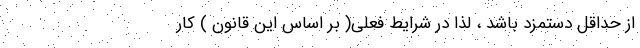
از حداقل دستمزد باشد ، لذا در شرایط فعلی( بر اساس این قانون ) کار